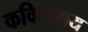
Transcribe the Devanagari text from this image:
कवित्वमय